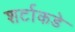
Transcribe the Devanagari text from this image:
शर्टाकडे